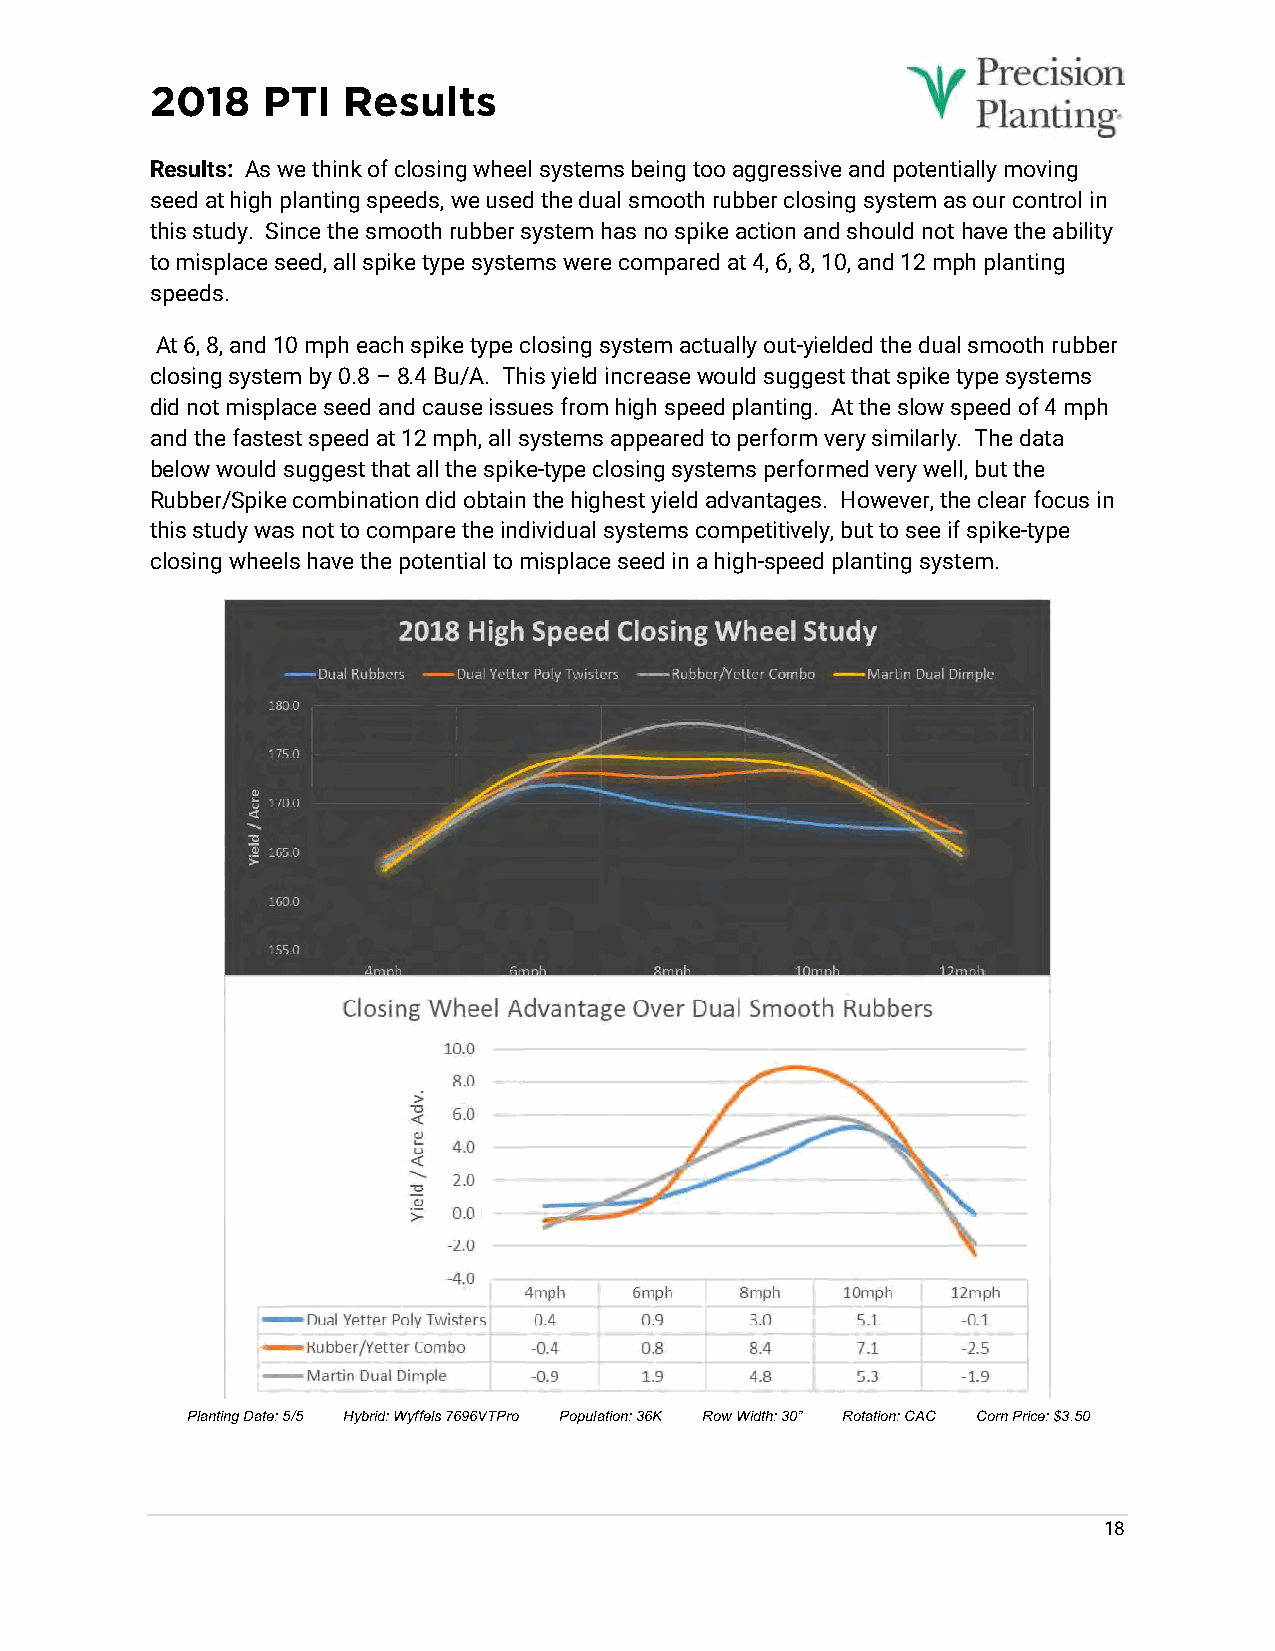
2018   PTI   Results
 Results: As we think of closing wheel systems being too aggressive and potentially moving
 seed at high planting speeds, we used the dual smooth rubber closing system as our control in
 this study. Since the smooth rubber system has no spike action and should not have the ability
 to misplace seed, all spike type systems were compared at 4, 6, 8, 10, and 12 mph planting
 speeds.
 At 6, 8, and 10 mph each spike type closing system actually out-yielded the dual smooth rubber
 closing system by 0.8 – 8.4 Bu/A. This yield increase would suggest that spike type systems
 did not misplace seed and cause issues from high speed planting. At the slow speed of 4 mph
 and the fastest speed at 12 mph, all systems appeared to perform very similarly. The data
 below would suggest that all the spike-type closing systems performed very well, but the
 Rubber/Spike combination did obtain the highest yield advantages. However, the clear focus in
 this study was not to compare the individual systems competitively, but to see if spike-type
 closing wheels have the potential to misplace seed in a high-speed planting system.
 Planting Date: 5/5 Hybrid: Wyffels 7696VTPro Population: 36K Row Width: 30” Rotation: CAC Corn Price: $3.50
 18